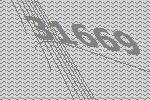
31669